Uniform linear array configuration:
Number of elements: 32
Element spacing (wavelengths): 0.25
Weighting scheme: cosine
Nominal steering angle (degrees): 30
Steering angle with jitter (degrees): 29.657
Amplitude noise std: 0.05
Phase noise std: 0.05

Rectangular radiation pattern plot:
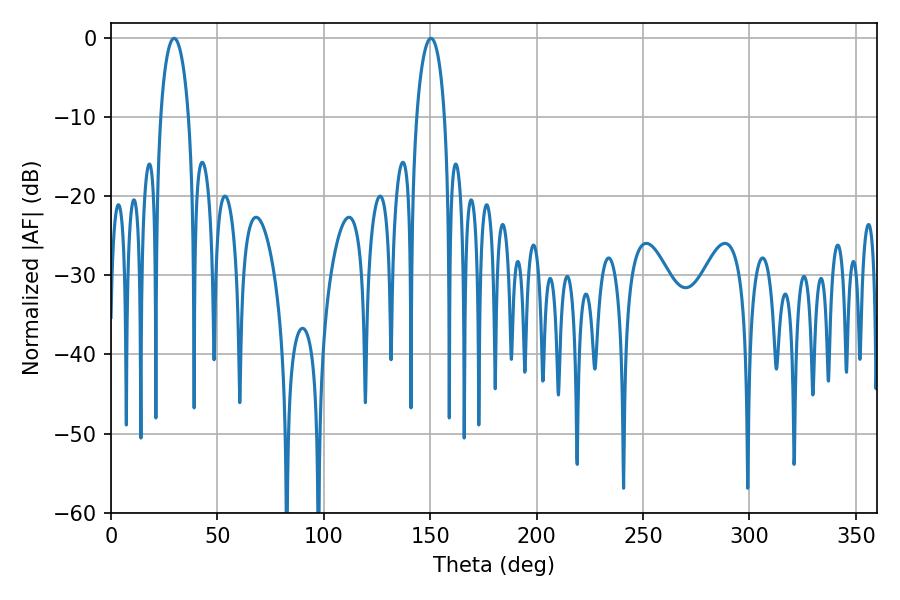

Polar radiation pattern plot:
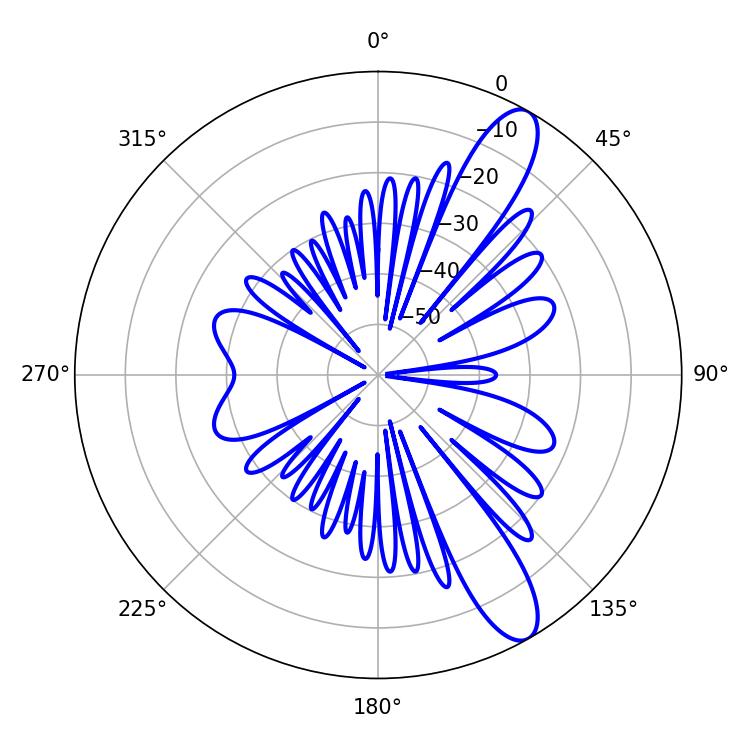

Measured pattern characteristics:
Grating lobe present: FALSE
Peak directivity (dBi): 11.481
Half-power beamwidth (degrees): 7.56
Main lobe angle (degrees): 29.7